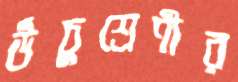
উঁচুশ্রেণীর